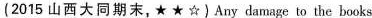
(2015 山西大同期末,★ ★☆)Any damage to the books